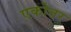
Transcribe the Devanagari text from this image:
एकोत्तर